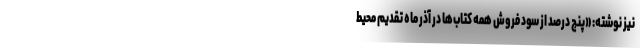
نیز نوشته: «پنج درصد از سود فروش همه کتاب‌ها در آذر ماه تقدیم محیط